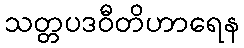
သတ္တပဒဝီတိဟာရေန